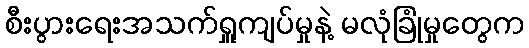
စီးပွားရေးအသက်ရှူကျပ်မှုနဲ့ မလုံခြုံမှုတွေက